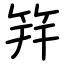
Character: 筓